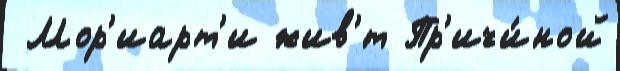
 Мор'иарт'и жив'́т Пр'ичи́ной